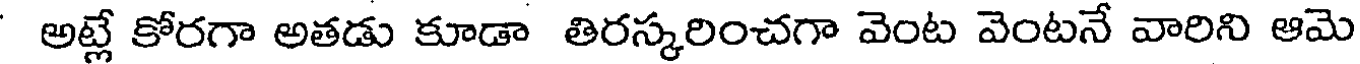
అట్లే కోరగా అతడు కూడా తిరస్కరించగా వెంట వెంటనే వారిని ఆమె